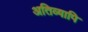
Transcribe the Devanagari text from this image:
अतिव्यापि